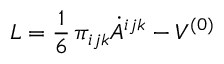
{ \cal L } = \frac { 1 } { 6 } \, \pi _ { i j k } \dot { A } ^ { i j k } - V ^ { ( 0 ) }